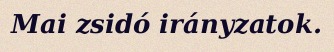
Mai zsidó irányzatok.